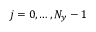
j = 0 , \ldots , N _ { y } - 1